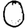
Digit: 0